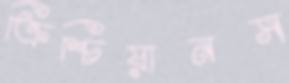
ক্রিশ্চিয়ানস